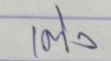
เต็ง